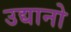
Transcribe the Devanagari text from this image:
उद्यानो